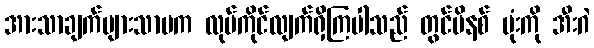
အားသာချက်များသာမက လုပ်ကိုင်လျက်ရှိကြပါသည် တွင်မိနစ် မုံးကို အီးဂဲ